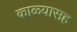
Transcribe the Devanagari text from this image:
काळ्यासह